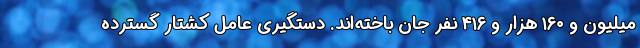
میلیون و ۱۶۰ هزار و ۴۱۶ نفر جان باخته‌اند. دستگیری عامل کشتار گسترده